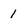
Character: 1